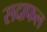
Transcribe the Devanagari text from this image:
सदाफल